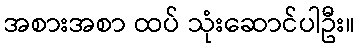
အစားအစာ ထပ် သုံးဆောင်ပါဦး။